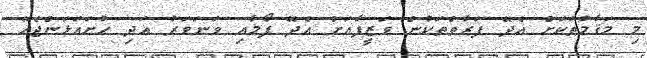
މި މަޤާމުތަކަށް އެދޭ ފަރާތްތަކުން ވަޒީފާއަށް އެދޭ ފޯމާއި ވަނަވަރު އަދި ހުށައަޅަންޖެހޭ